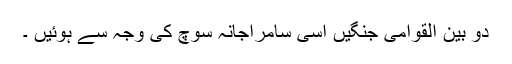
دو بین القوامی جنگیں اسی سامراجانہ سوچ کی وجہ سے ہوئیں ۔